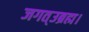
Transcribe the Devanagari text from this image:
जगत्उब्रह्म।